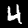
Digit: 4